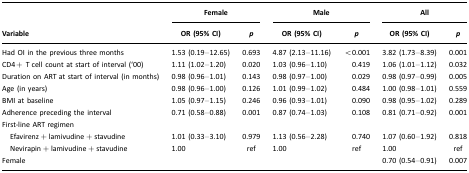
<table><thead><tr><td></td><td colspan="2"><b>Female</b></td><td colspan="2"><b>Male</b></td><td colspan="2"><b>All</b></td></tr><tr><td><b>Variable</b></td><td><b>OR (95% CI)</b></td><td><b><i>p</i></b></td><td><b>OR (95% CI)</b></td><td><b><i>p</i></b></td><td><b>OR (95% CI)</b></td><td><b><i>p</i></b></td></tr></thead><tbody><tr><td>Had OI in the previous three months</td><td>1.53 (0.19–12.65)</td><td>0.693</td><td>4.87 (2.13–11.16)</td><td>&lt;0.001</td><td>3.82 (1.73–8.39)</td><td>0.001</td></tr><tr><td>CD4+ T cell count at start of interval (‘00)</td><td>1.11 (1.02–1.20)</td><td>0.020</td><td>1.03 (0.96–1.10)</td><td>0.419</td><td>1.06 (1.01–1.12)</td><td>0.032</td></tr><tr><td>Duration on ART at start of interval (in months)</td><td>0.98 (0.96–1.01)</td><td>0.143</td><td>0.98 (0.97–1.00)</td><td>0.029</td><td>0.98 (0.97–0.99)</td><td>0.005</td></tr><tr><td>Age (in years)</td><td>0.98 (0.96–1.00)</td><td>0.126</td><td>1.01 (0.99–1.02)</td><td>0.484</td><td>1.00 (0.98–1.01)</td><td>0.559</td></tr><tr><td>BMI at baseline</td><td>1.05 (0.97–1.15)</td><td>0.246</td><td>0.96 (0.93–1.01)</td><td>0.090</td><td>0.98 (0.95–1.02)</td><td>0.289</td></tr><tr><td>Adherence preceding the interval</td><td>0.71 (0.58–0.88)</td><td>0.001</td><td>0.87 (0.74–1.03)</td><td>0.108</td><td>0.81 (0.71–0.92)</td><td>0.001</td></tr><tr><td>First-line ART regimen</td><td></td><td></td><td></td><td></td><td></td><td></td></tr><tr><td> Efavirenz+lamivudine+stavudine</td><td>1.01 (0.33–3.10)</td><td>0.979</td><td>1.13 (0.56–2.28)</td><td>0.740</td><td>1.07 (0.60–1.92)</td><td>0.818</td></tr><tr><td> Nevirapin+lamivudine+stavudine</td><td>1.00</td><td>ref</td><td>1.00</td><td>ref</td><td>1.00</td><td>ref</td></tr><tr><td>Female</td><td></td><td></td><td></td><td></td><td>0.70 (0.54–0.91)</td><td>0.007</td></tr></tbody></table>